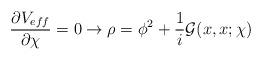
LaTeX: \begin{align*}\frac{\partial V_{eff}}{\partial \chi} =0 \rightarrow \rho=\phi^2 + \frac{1}{i}{\cal G}(x,x;\chi)\end{align*}